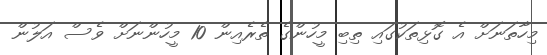
މިހާތަނަށް އެ ގޮޅިތަކުގައި ތިބި މީހުންގެ ތެރެއިން 10 މީހުންނަށް ވެސް އަލުން